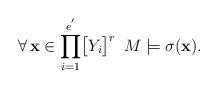
LaTeX: \begin{align*}\forall\,\mathbf{x}\in\displaystyle{\prod_{i=1}^{e^{'}}}\big{[}Y_{i}\big{]}^{r}\,\,\,M\models\sigma(\mathbf{x}).\end{align*}